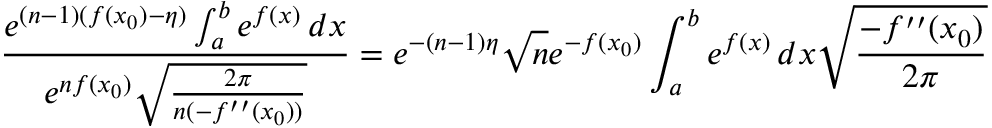
{ \frac { e ^ { ( n - 1 ) ( f ( x _ { 0 } ) - \eta ) } \int _ { a } ^ { b } e ^ { f ( x ) } \, d x } { e ^ { n f ( x _ { 0 } ) } { \sqrt { \frac { 2 \pi } { n ( - f ^ { \prime \prime } ( x _ { 0 } ) ) } } } } } = e ^ { - ( n - 1 ) \eta } { \sqrt { n } } e ^ { - f ( x _ { 0 } ) } \int _ { a } ^ { b } e ^ { f ( x ) } \, d x { \sqrt { \frac { - f ^ { \prime \prime } ( x _ { 0 } ) } { 2 \pi } } }